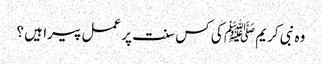
وہ نبی کریم ﷺ کی کس سنت پر عمل پیرا ہیں ؟